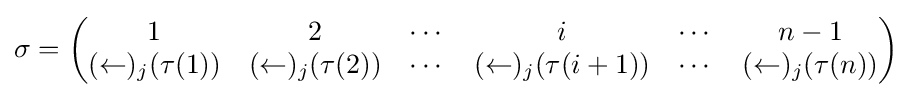
\sigma ={\begin{pmatrix}1&2&\cdots &i&\cdots &n-1\\(\leftarrow )_{j}(\tau (1))&(\leftarrow )_{j}(\tau (2))&\cdots &(\leftarrow )_{j}(\tau (i+1))&\cdots &(\leftarrow )_{j}(\tau (n))\end{pmatrix}}